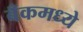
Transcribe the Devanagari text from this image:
बँकमध्ये